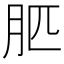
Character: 䏘